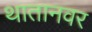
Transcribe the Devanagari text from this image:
थातानवर